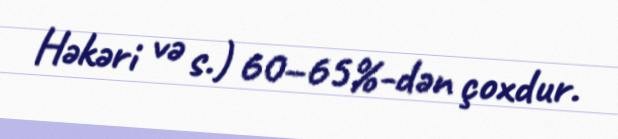
Həkəri və s.) 60–65%-dən çoxdur.